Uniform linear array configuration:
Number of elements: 48
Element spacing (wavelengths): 0.75
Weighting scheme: hamming
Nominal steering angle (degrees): -60
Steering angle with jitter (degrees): -58.292
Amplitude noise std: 0.05
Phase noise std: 0.05

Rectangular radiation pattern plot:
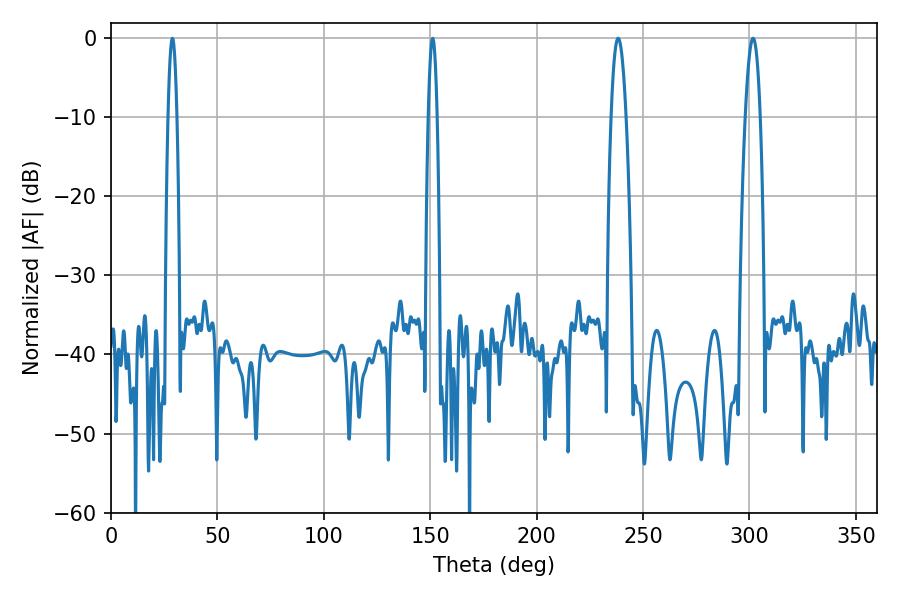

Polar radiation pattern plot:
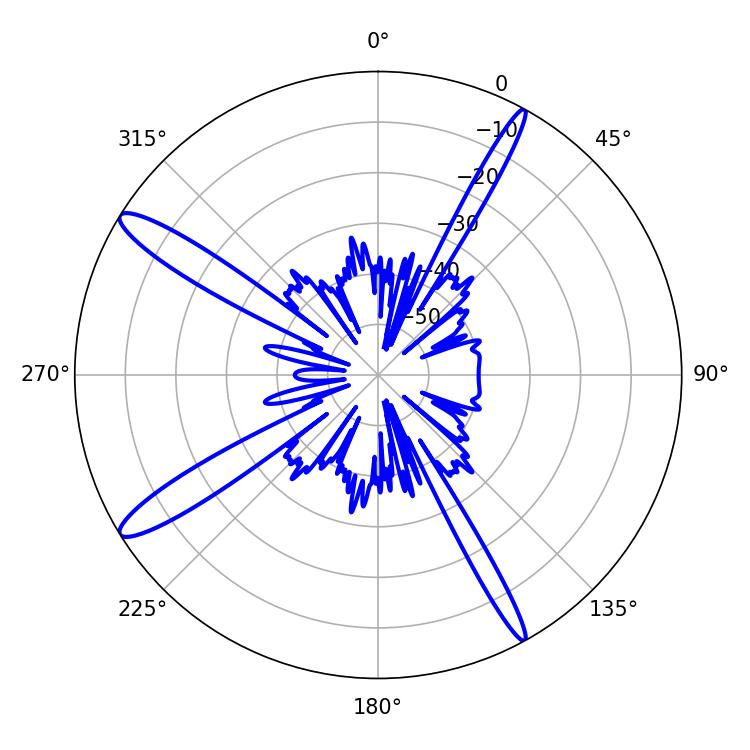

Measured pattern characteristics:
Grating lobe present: TRUE
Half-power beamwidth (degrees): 3.78
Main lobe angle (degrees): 238.32